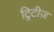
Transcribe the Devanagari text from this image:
ट्रिटीज़